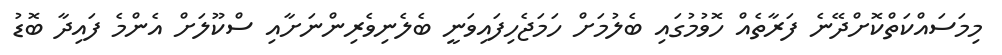
މިމަސައްކަތްކޮށްދޭނެ ފަރާތެއް ހޮވުމުގައި ބެލުމަށް ހަމަޖެހިފައިވަނީ ބެލެނިވެރިންނަށާއި ސްކޫލަށް އެންމެ ފައިދާ ބޮޑު